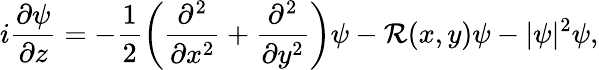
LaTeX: i\frac{\partial\psi}{\partial z}=-\frac{1}{2}\left(\frac{\partial^{2}}{\partial x^{2}}+\frac{\partial^{2}}{\partial y^{2}}\right)\psi-\mathcal{R}(x,y)\psi-|\psi|^{2}\psi,